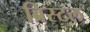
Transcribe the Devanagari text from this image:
ब्रिस्‍टल